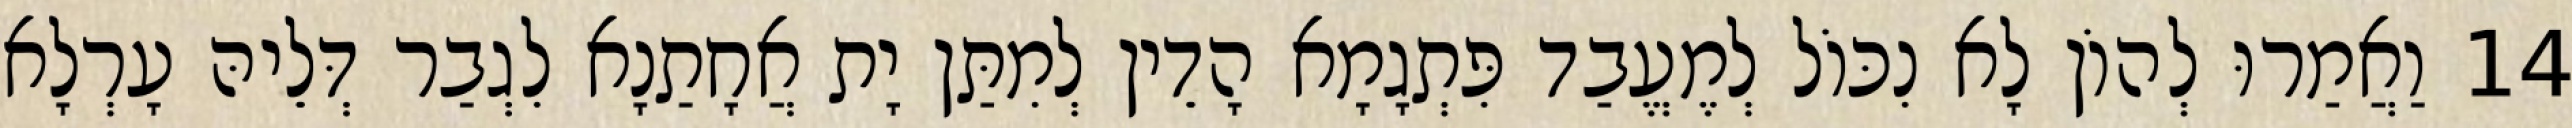
14 וַאֲמַרוּ לְהוֹן לָא נִכּוֹל לְמֶעֱבַד פִּתְגָמָא הָדֵין לְמִתַּן יָת אֲחָתַנָא לִגְבַר דְּלֵיהּ עָרְלָא